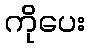
ကိုပေး